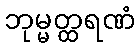
ဘုမ္မတ္ထရဏံ